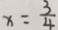
x = \frac { 3 } { 4 }